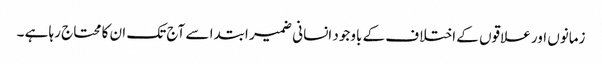
زمانوں اور علاقوں کے اختلاف کے باوجود انسانی ضمیر ابتدا سے آج تک ان کا محتاج رہا ہے ۔